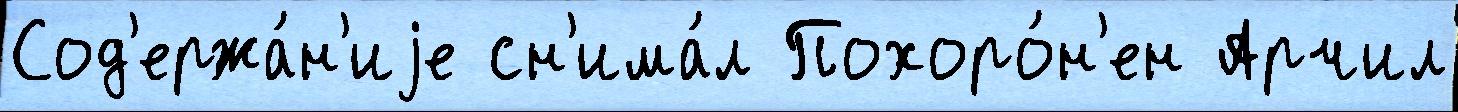
Сод'ержа́н'иjе сн'има́л Похоро́н'ен Арчил